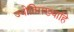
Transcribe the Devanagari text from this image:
ज्योतिराख्याहि